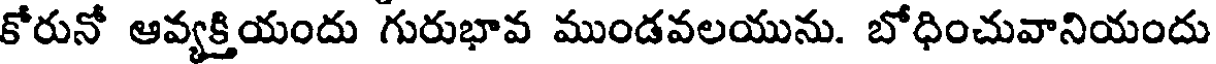
కోరునో ఆవ్యక్తియందు గురుభావ ముండవలయును. బోధించువానియందు